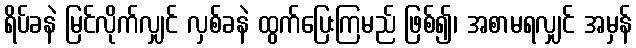
ရိပ်ခနဲ မြင်လိုက်လျှင် လှစ်ခနဲ ထွက်ပြေးကြမည် ဖြစ်၍၊ အစာမရလျှင် အမှန်